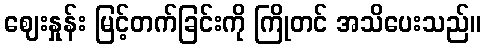
ဈေးနှုန်း မြင့်တက်ခြင်းကို ကြိုတင် အသိပေးသည်။